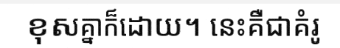
ខុសគ្នាក៏ដោយ។ នេះគឺជាគំរូ